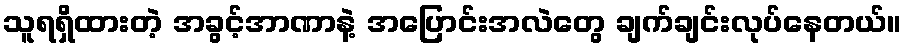
သူရရှိထားတဲ့ အခွင့်အာဏာနဲ့ အပြောင်းအလဲတွေ ချက်ချင်းလုပ်နေတယ်။